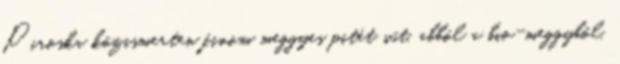
Piroska közismerten finom meggyes pitét süt, abból a bi­o-meggyből,